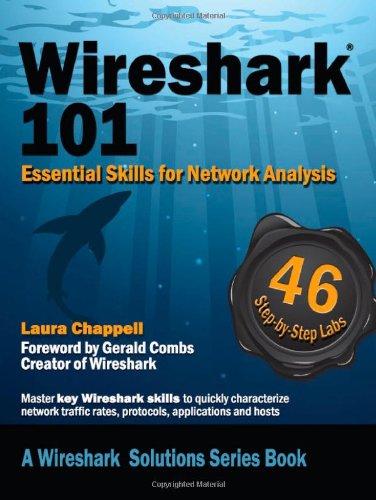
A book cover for Wireshark (R) 101: Essential Skills for Network Analysis (Wireshark Solutions); Laura Chappell; Computers & Technology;